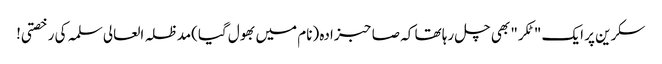
سکرین پر ایک "ٹکر" بھی چل رہا تھا کہ صاحبزادہ (نام میں بھول گیا)مدظلہ العالی سلمہ کی رخصتی!